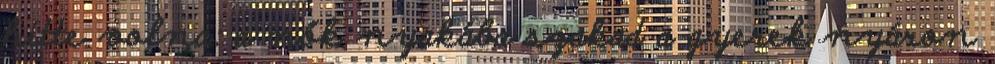
hitte volna: a nők nyakába szakad a gyerek nyáron